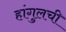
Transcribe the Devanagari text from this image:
हांगुलची